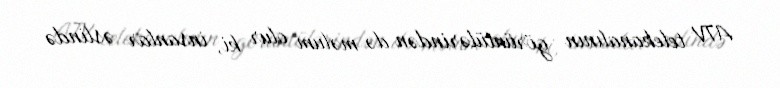
ATV telekanalının görüntülərindən də məlum olur ki, insanlar əslində